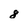
Character: 8